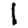
Digit: 1